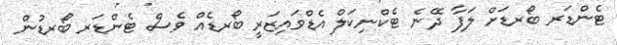
ޓެންޑަރ ބޯރޑަށް ލަފާ ދޭނެ ޓެކްނިކަލް އެޑްވައިޒަރީ ބޯރޑެއް ވެސް ޓެންޑަރ ބޯރޑުން